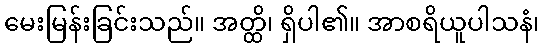
မေးမြန်းခြင်းသည်။ အတ္ထိ၊ ရှိပါ၏။ အာစရိယူပါသနံ၊